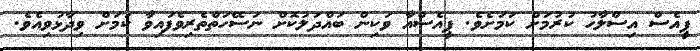
ޕީއެސް އިސްލާހު ކުރުމަށް ކަމަށެވެ. ޕީއެސްއާ ވަކިން ބައްދަލުކޮށް ނަސޭހަތްތެރިވެފައިވާ ކަމަށް ވިދާޅުވިއެވެ.